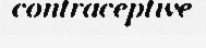
contraceptive